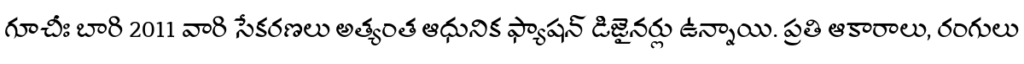
గూచీః బారి 2011 వారి సేకరణలు అత్యంత ఆధునిక ఫ్యాషన్ డిజైనర్లు ఉన్నాయి. ప్రతి ఆకారాలు, రంగులు